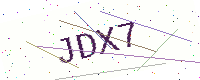
Text: JDX7